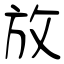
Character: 放